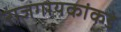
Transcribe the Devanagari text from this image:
राजगायकांकडे